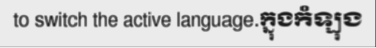
to switch the active language.ក្នុងកំឡុង